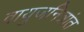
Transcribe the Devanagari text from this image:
वायुजनित्रांत